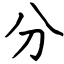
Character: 分